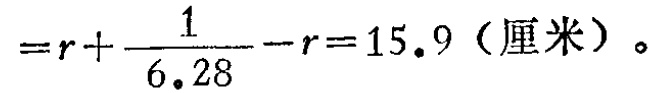
\(=r+\frac{1}{6.28}-r = 15.9（厘米）。\)